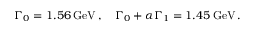
\Gamma _ { 0 } = 1 . 5 6 \: \mathrm { G e V } \, , \quad \Gamma _ { 0 } + \alpha \Gamma _ { 1 } = 1 . 4 5 \: \mathrm { G e V } \, .